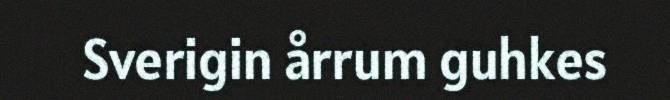
Sverigin årrum guhkes